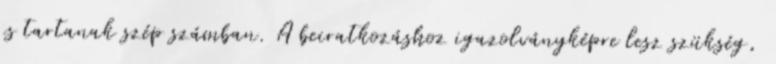
is tartanak szép számban. A beiratkozáshoz igazolványképre lesz szükség,